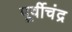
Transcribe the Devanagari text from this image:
पूर्वीचंद्र